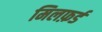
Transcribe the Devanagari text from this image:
मिलफ़र्ड